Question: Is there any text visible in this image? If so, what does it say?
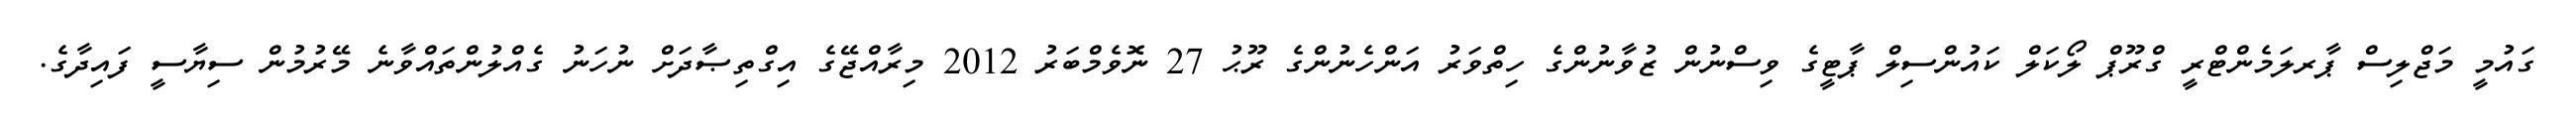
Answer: ގައުމީ މަޖްލިސް ޕާރލަމެންޓްރީ ގްރޫޕް ލޯކަލް ކައުންސިލް ޕާޓީގެ ވިސްނުން ޒުވާނުންގެ ހިތްވަރު އަންހެނުންގެ ރޫޙު 27 ނޮވެމްބަރު 2012 މިރާއްޖޭގެ އިގްތިޞާދަށް ނުހަނު ގެއްލުންތައްވާނެ މޭރުމުން ސިޔާސީ ފައިދާގެ.